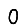
Digit: 0